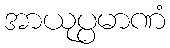
အာယုပ္ပမာဏံ